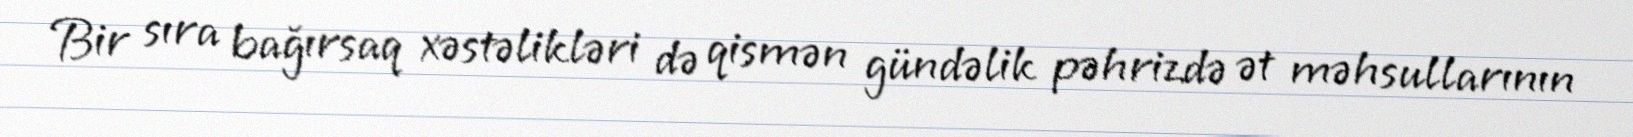
Bir sıra bağırsaq xəstəlikləri də qismən gündəlik pəhrizdə ət məhsullarının